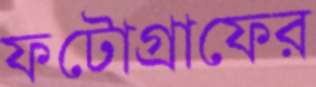
ফটোগ্রাফের